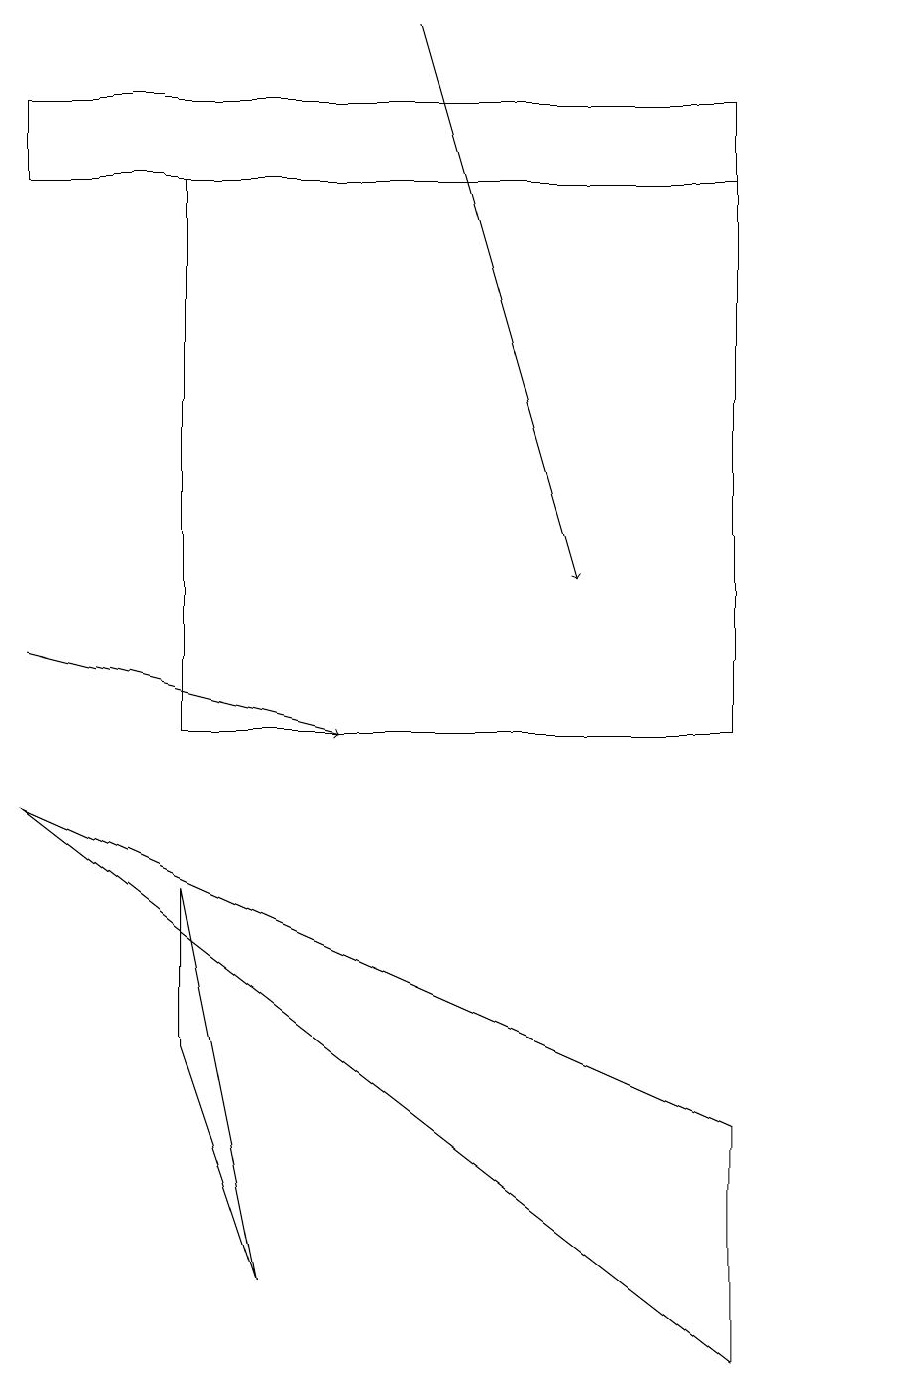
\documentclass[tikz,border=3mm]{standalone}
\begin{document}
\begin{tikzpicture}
\draw (9,17) rectangle (0,18);
\draw[->] (0,11) -- (4,10);
\draw (3,3) -- (2,6) -- (2,8) -- cycle;
\draw (0,9) -- (9,2) -- (9,5) -- cycle;
\draw (9,10) rectangle (2,17);
\draw (11,11) circle (0);
\draw (6,18) rectangle (8,18);
\draw[->] (5,19) -- (7,12);
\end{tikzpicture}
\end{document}